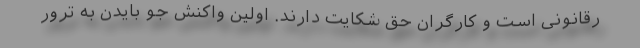
رقانونی است و کارگران حق شکایت دارند. اولین واکنش جو بایدن به ترور